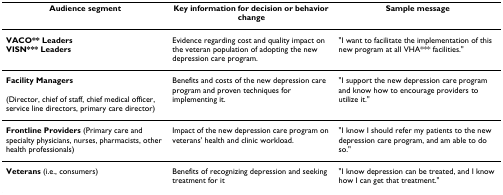
<table><thead><tr><td><b>Audience segment</b></td><td><b>Key information for decision or behavior change</b></td><td><b>Sample message</b></td></tr></thead><tbody><tr><td><b>VACO** Leaders</b><b>VISN*** Leaders</b></td><td>Evidence regarding cost and quality impact on the veteran population of adopting the new depression care program.</td><td>&quot;I want to facilitate the implementation of this new program at all VHA*** facilities.&quot;</td></tr><tr><td><b>Facility Managers</b>(Director, chief of staff, chief medical officer, service line directors, primary care director)</td><td>Benefits and costs of the new depression care program and proven techniques for implementing it.</td><td>&quot;I support the new depression care program and know how to encourage providers to utilize it.&quot;</td></tr><tr><td><b>Frontline Providers </b>(Primary care and specialty physicians, nurses, pharmacists, other health professionals)</td><td>Impact of the new depression care program on veterans&#x27; health and clinic workload.</td><td>&quot;I know I should refer my patients to the new depression care program, and am able to do so.&quot;</td></tr><tr><td><b>Veterans </b>(i.e., consumers)</td><td>Benefits of recognizing depression and seeking treatment for it</td><td>&quot;I know depression can be treated, and I know how I can get that treatment.&quot;</td></tr></tbody></table>